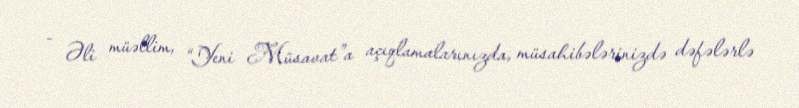
- Əli müəllim, “Yeni Müsavat”a açıqlamalarınızda, müsahibələrinizdə dəfələrlə